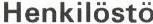
Henkilöstö